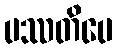
ပဿတိပေ